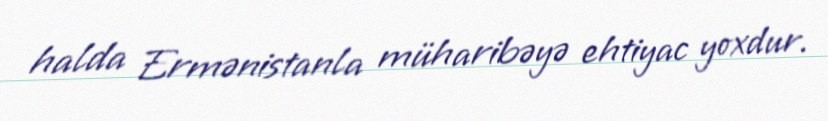
halda Ermənistanla müharibəyə ehtiyac yoxdur.